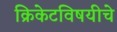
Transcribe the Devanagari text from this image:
क्रिकेटविषयीचे